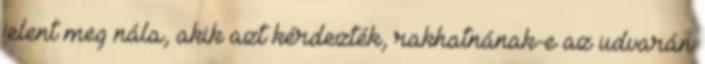
jelent meg nála, akik azt kérdezték, rakhatnának-e az udvarán